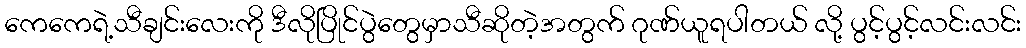
ကေကေရဲ့သီချင်းလေးကို ဒီလိုပြိုင်ပွဲတွေမှာသီဆိုတဲ့အတွက် ဂုဏ်ယူရပါတယ် လို့ ပွင့်ပွင့်လင်းလင်း